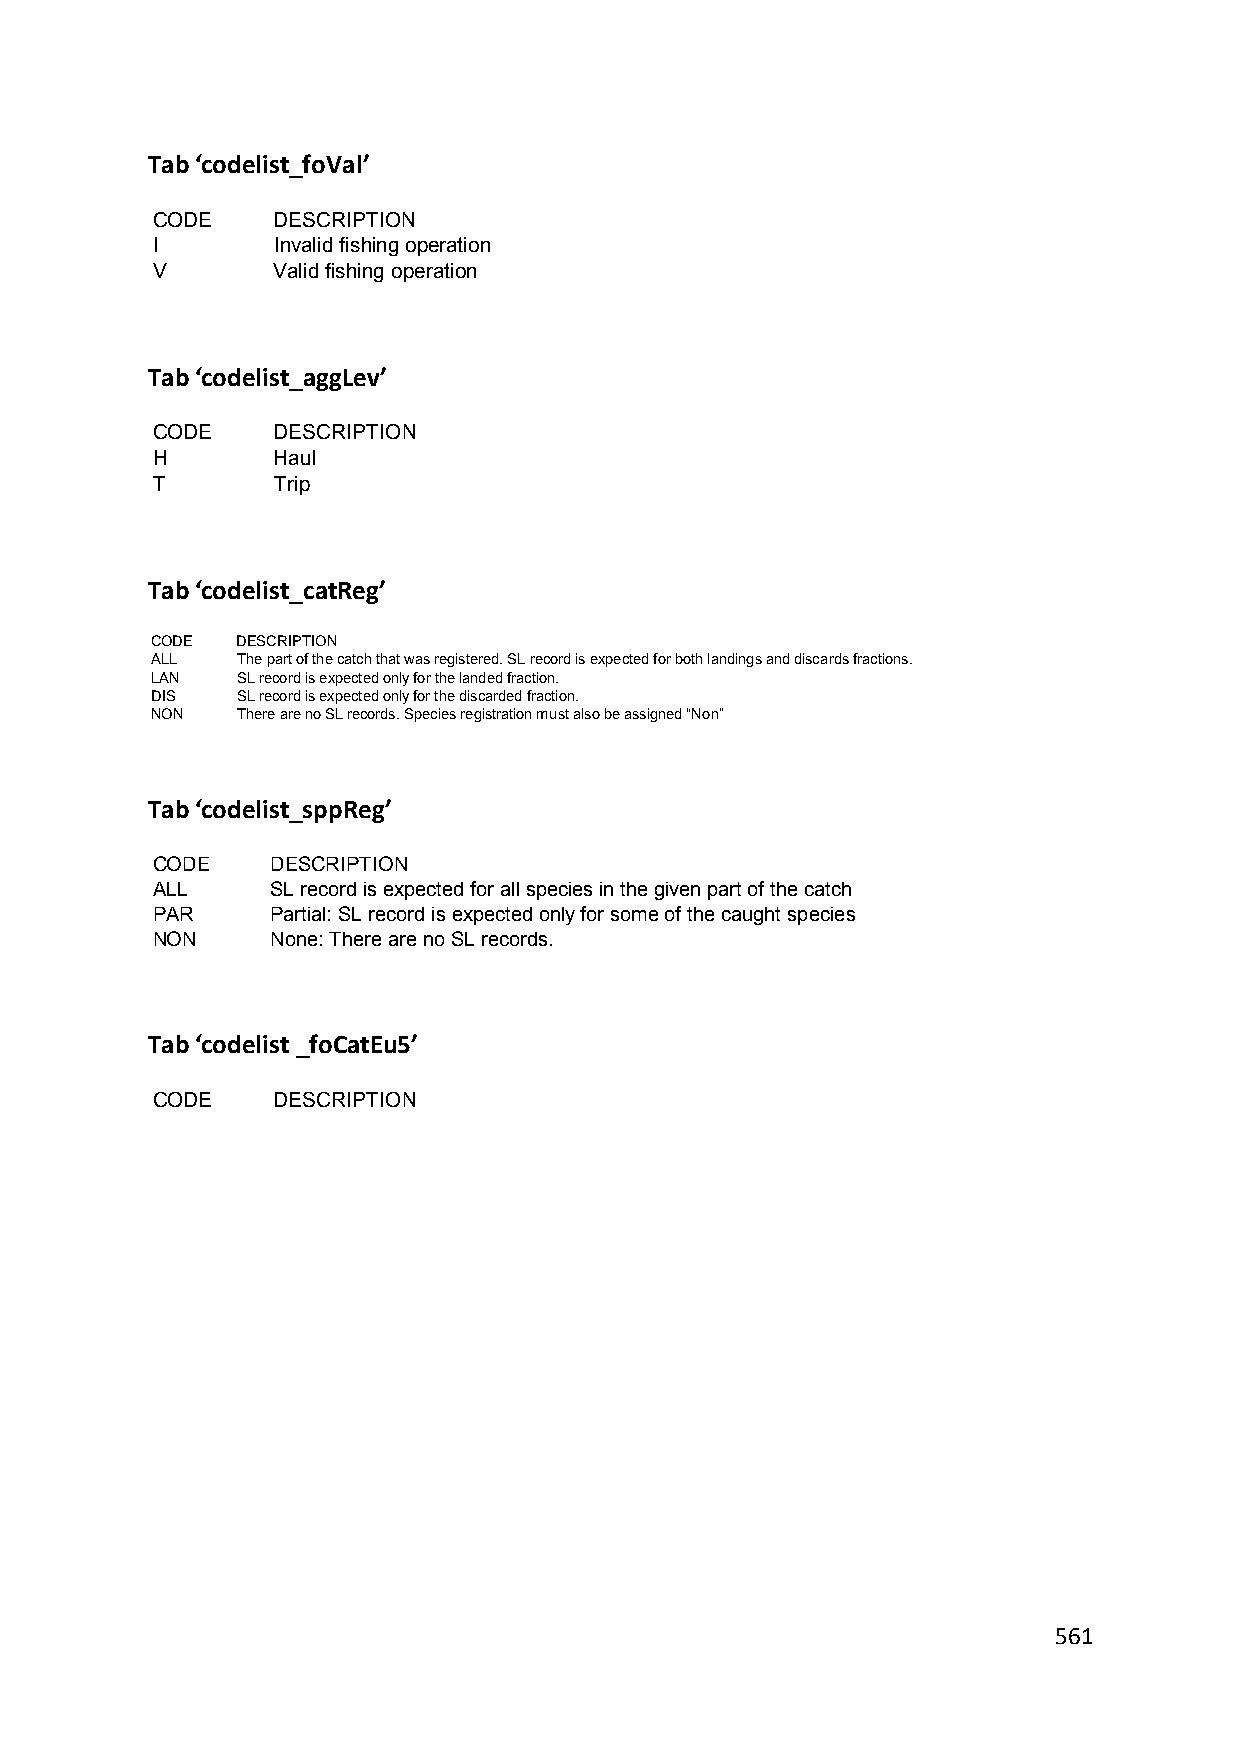
Tab ‘codelist_foVal’
 CODE    DESCRIPTION
 I       Invalid fishing operation
 V       Valid fishing operation
 Tab ‘codelist_aggLev’
 CODE    DESCRIPTION
 H       Haul
 T       Trip
 Tab ‘codelist_catReg’
 CODE  DESCRIPTION
 ALL   The part of the catch that was registered. SL record is expected for both landings and discards fractions.
 LAN   SL record is expected only for the landed fraction.
 DIS   SL record is expected only for the discarded fraction.
 NON   There are no SL records. Species registration must also be assigned “Non”
 Tab ‘codelist_sppReg’
 CODE    DESCRIPTION
 ALL     SL record is expected for all species in the given part of the catch
 PAR     Partial: SL record is expected only for some of the caught species
 NON     None: There are no SL records.
 Tab ‘codelist _foCatEu5’
 CODE    DESCRIPTION
 561